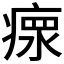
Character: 𤸄